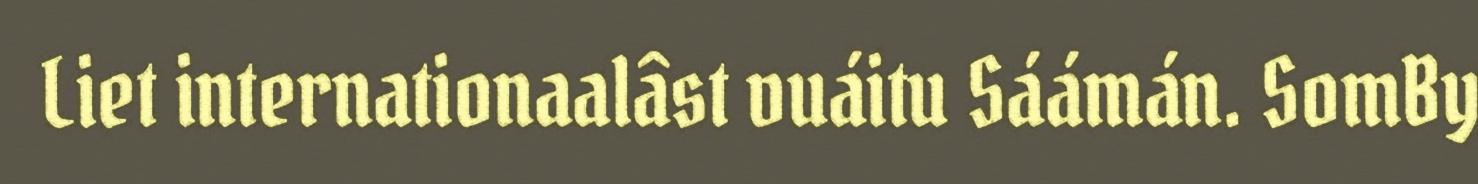
Liet internationaalâst vuáitu Sáámán. SomBy